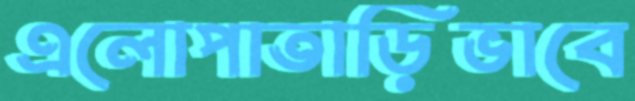
এলোপাতাড়িভাবে